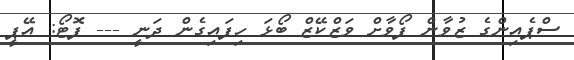
ސްޕެއިންގެ ޒުވާން ފޯވާށް ވަޒްކޭޒް ބޯޅަ ހިފައިގެން ދަނީ --- ފޮޓޯ: އޭޕީ